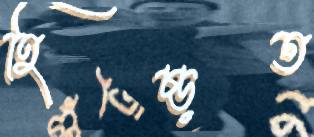
হিঁচ্‌ড়ত